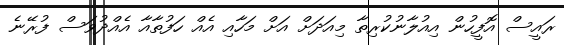
ރައީސް އޮފީހުން އިއުލާނުކުރިތާ މިއަދަށް އަށް މަހާއި އެއް ހަފުތާއާ އެއްދުވަސް ފުރޭނެ